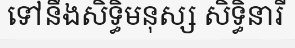
ទៅនឹងសិទ្ធិមនុស្ស សិទ្ធិនារី